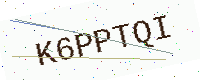
Text: K6PPTQI